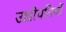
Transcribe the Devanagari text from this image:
उद्योपतियों